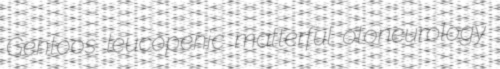
Gentoos leucopenic matterful otoneurology